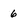
Character: 6